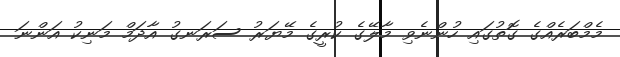
މެމްބަރެއްގެ ގޮތުގައި ހުންނެވި މާލޭގެ ކުރީގެ މޭޔަރު ސަރަނގު އާދަމް މަނިކު އަންނަ